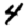
Digit: 4